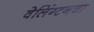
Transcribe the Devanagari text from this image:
वेलिंग्टनचा